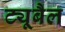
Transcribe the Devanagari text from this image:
ट्यूबैल